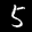
Label: 5